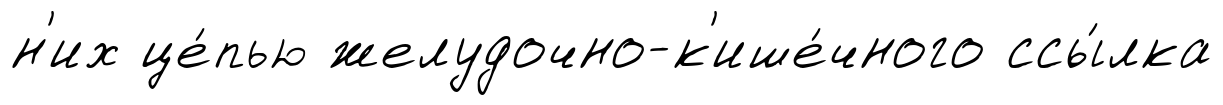
н'их це́пью желудочно-к'ише́чного ссы́лка